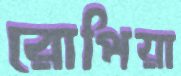
রোপিয়া